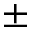
\pm